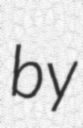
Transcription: by